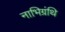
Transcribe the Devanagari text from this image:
नाभिग्रंथि